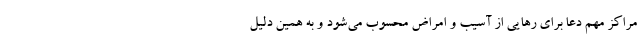
مراکز مهم دعا برای رهایی از آسیب و امراض محسوب می‌شود و به همین دلیل